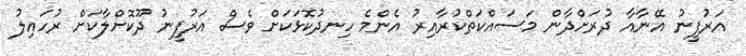
އަރުފީނު އޭނާއާ ދުރަށްދާން މަސައްކަތްކުރާއިރު އެންމެ ހިނދުކޮޅަކަށް ވެސް އަރުފީނު ދޫކޮށްލާކަށް ރުހައިލު